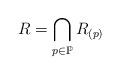
LaTeX: \begin{align*}R=\bigcap_{p\in\mathbb{P}}R_{(p)}\end{align*}